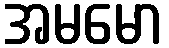
အမမော